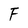
Character: F